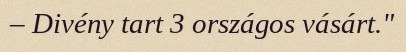
– Divény tart 3 országos vásárt."